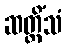
ဆတ္တိံသံ